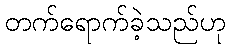
တက်ရောက်ခဲ့သည်ဟု